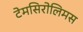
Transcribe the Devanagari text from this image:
टेमसिरोलिमस